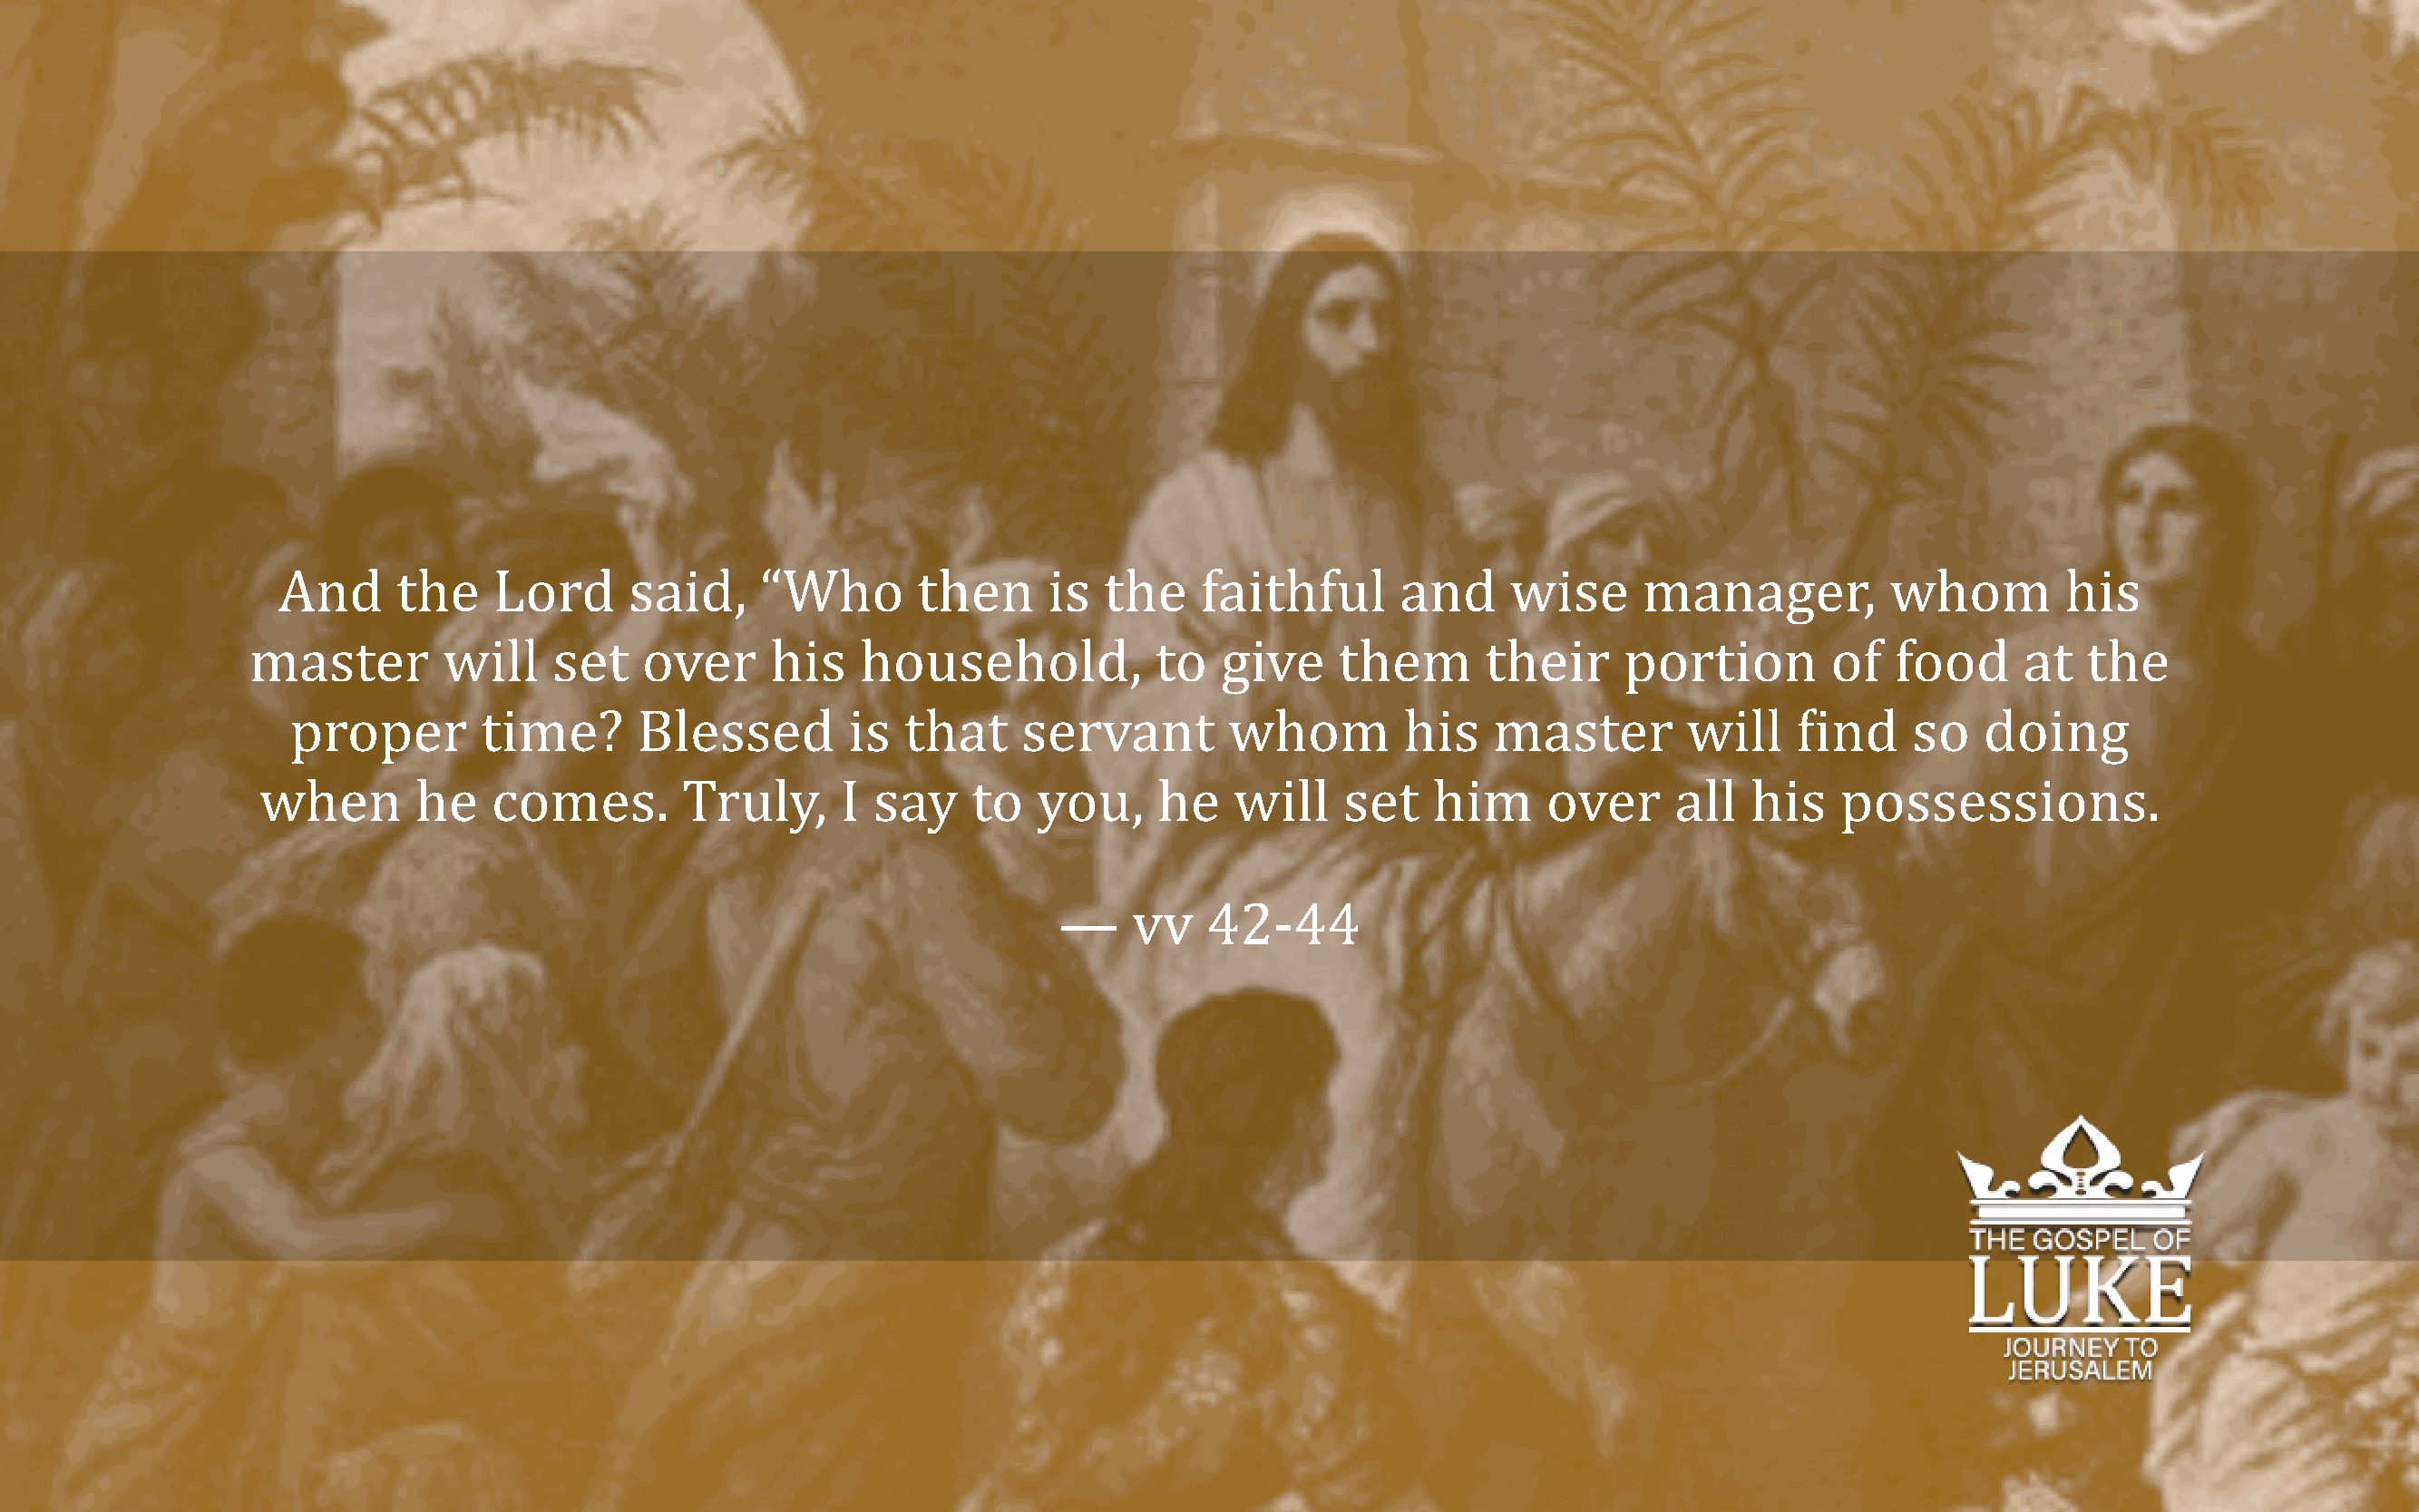
And      the    Lord      said,    “Who        then     is   the    faithful      and     wise      manager,          whom         his
 master        will    set    over     his    household,           to   give     them      their     portion         of  food      at  the
 proper        time?      Blessed         is  that     servant        whom        his    master        will    Find     so   doing
 when       he    comes.        Truly,     I  say    to   you,    he    will    set    him     over     all   his   possessions.
 —     vv   42-44